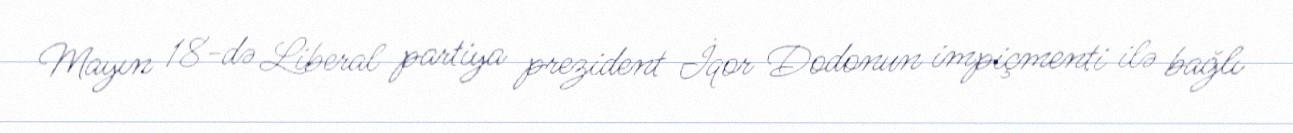
Mayın 18-də Liberal partiya prezident İqor Dodonun impiçmenti ilə bağlı